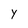
Character: y